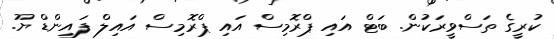
ކުރީގެ ތަސްވީރަކުން. ބަޓް އައި ޕްރޮމިސް އައި ޕްރޮމިސް އައިލް ފައިންޑް ޔޫ.